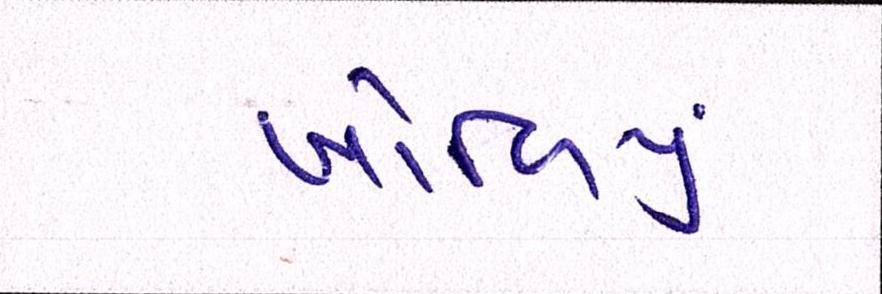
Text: ખોળિયું